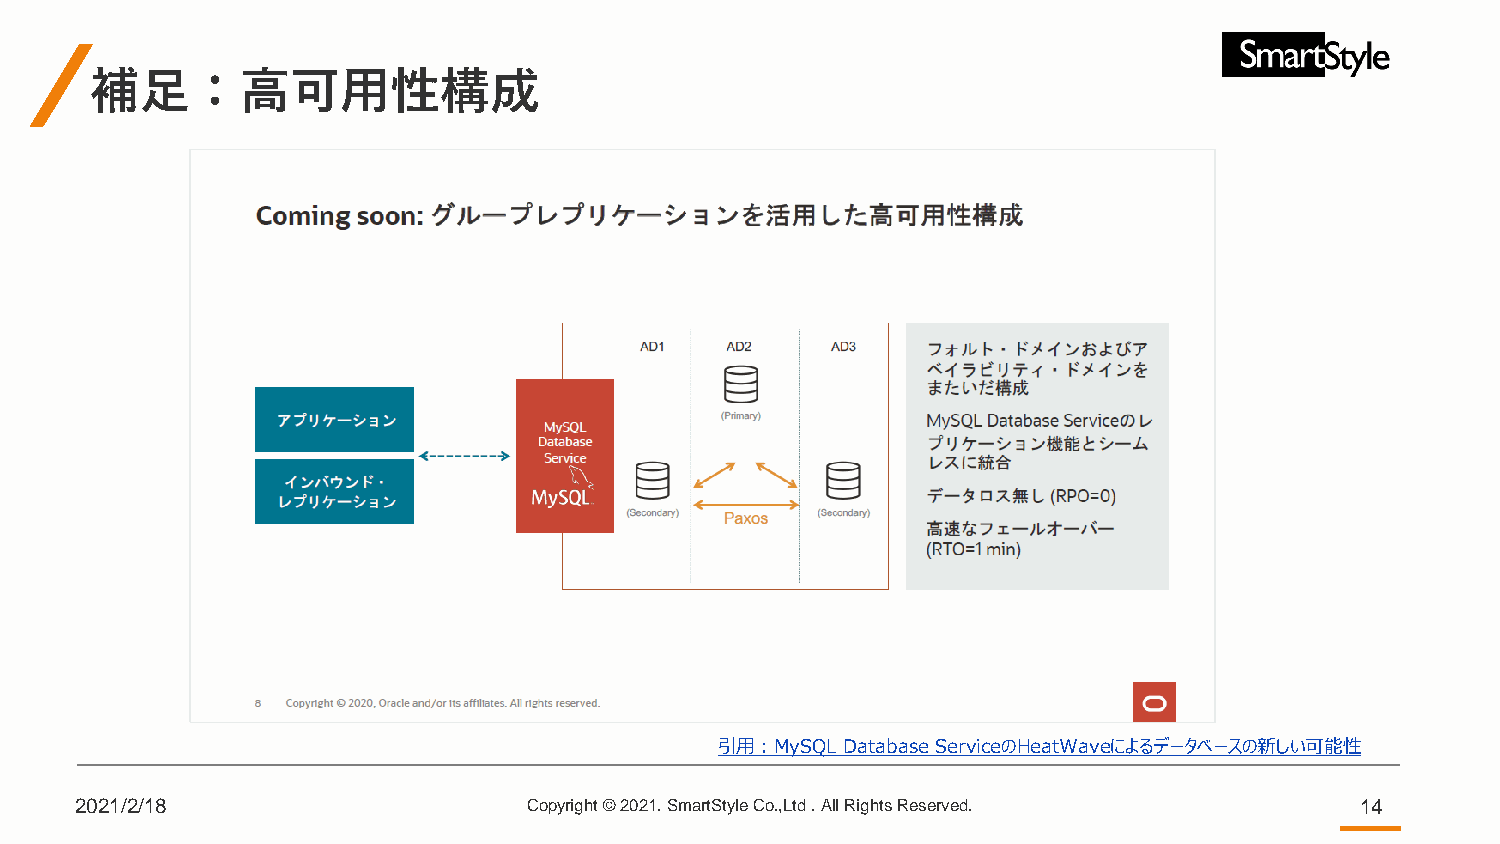
補足：高可用性構成
 引用：MySQL Database ServiceのHeatWaveによるデータベースの新しい可能性
 2021/2/18                     Copyright © 2021. SmartStyle Co.,Ltd . All Rights Reserved. 14